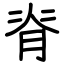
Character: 脊